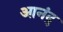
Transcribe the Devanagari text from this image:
आनंद्